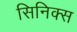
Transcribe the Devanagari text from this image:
सिनिक्स